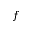
f